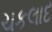
ચકલાદ